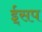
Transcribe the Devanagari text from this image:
ई्सप